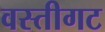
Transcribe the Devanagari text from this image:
वस्तीगट